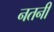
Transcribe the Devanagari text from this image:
नतनी